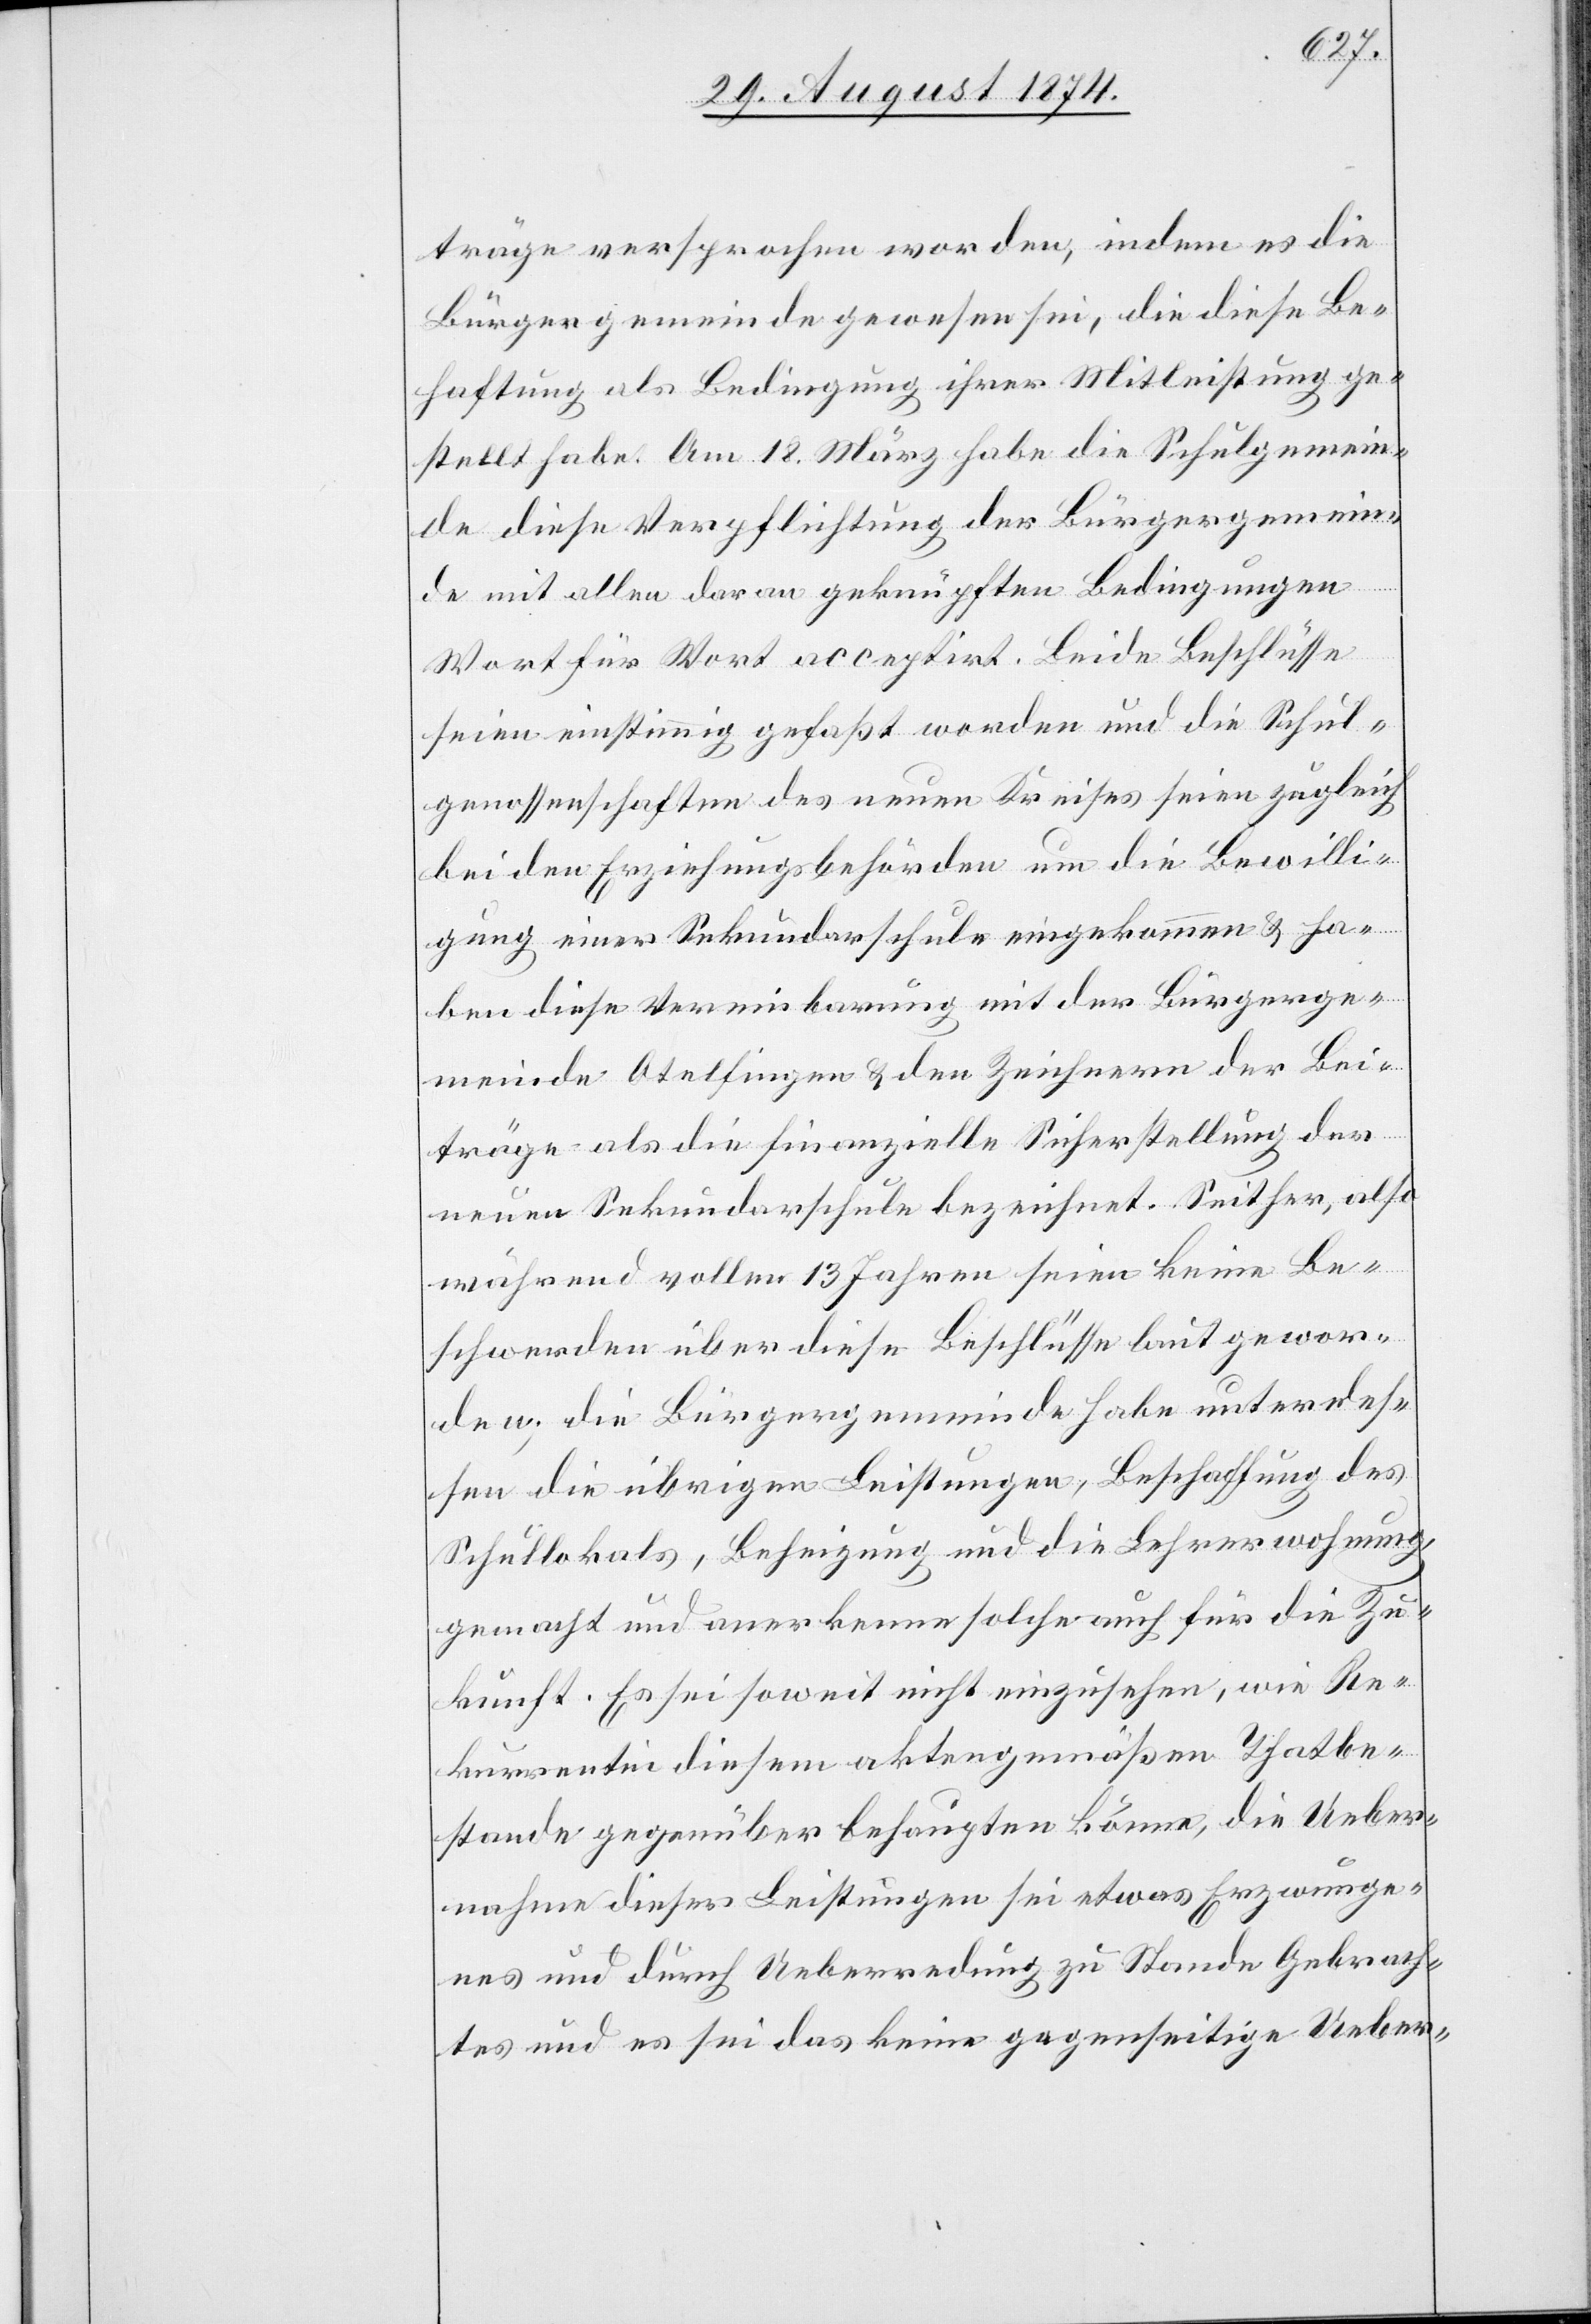
träge versprochen worden, indem es die
Bürgergemeinde gewesen sei, die diese Be¬
haftung als Bedingung ihrer Mitleistung ge¬
stellt habe. Am 18. März habe die Schulgemein¬
de diese Verpflichtung der Bürgergemein¬
de mit allen daran geknüpften Bedingungen
Wort für Wort acceptirt. Beide Beschlüsse
seien einstimmig gefaßt worden und die Schul¬
genossenschaften des neuen Kreises seien zugleich
bei den Erziehungsbehörden um die Bewilli¬
gung einer Sekundarschule eingekommen u. ha¬
ben diese Vereinbarung mit der Bürgerge¬
meinde Otelfingen u. den Zeichnern der Bei¬
träge als die finanzielle Sicherstellung der
neuen Sekundarschule bezeichnet. Seither, also
während vollen 13 Jahren seien keine Be¬
schwerden über diese Beschlüsse laut gewor¬
den, die Bürgergemeinde habe unterdes¬
sen die übrigen Leistungen, Beschaffung des
Schullokals, Beheizung und die Lehrerwohnung,
gemacht und anerkenne solche auch für die Zu¬
kunft. Es sei soweit nicht einzusehen, wie Re¬
kurrentin diesem aktengemäßen Thatbe¬
stand gegenüber behaupten könne, die Ueber¬
nahme dieser Leistungen sei etwas Erzwunge¬
nes und durch Ueberredung zu Stande Gebrach¬
tes und es sei das keine gegenseitige Ueber-